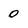
Character: 0